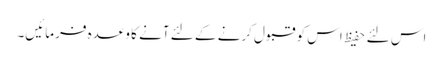
اس لئے حفیظ اس کو قبول کرنے کے لئے آنے کا وعدہ فرمائیں۔